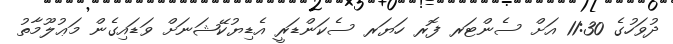
ދުވަހުގެ 11:30 އަށް ސެންޓަރ ފޮރ ހަޔަރ ސެކަންޑަރީ އެޑިޔުކޭޝަނަށް ވަޑައިގެން މަޢުލޫމާތު